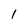
Character: 1